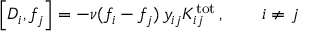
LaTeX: \left[ { \cal D } _ { i } , f _ { j } \right] = - \nu ( f _ { i } - f _ { j } ) \, y _ { i j } K _ { i j } ^ { \mathrm { t o t } } \, , \qquad i \ne j